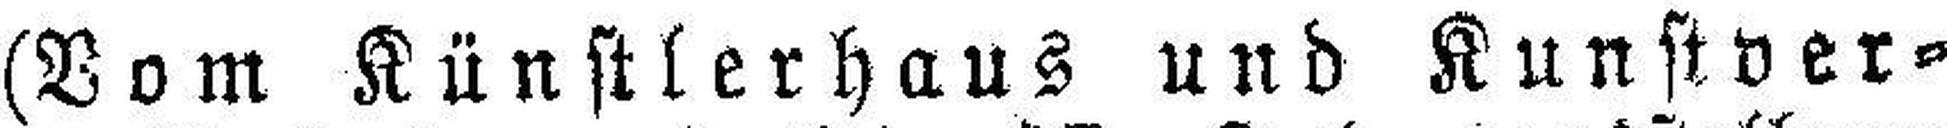
(Vom Künstlerhaus und Kunstver¬